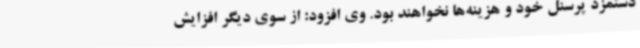
دستمزد پرسنل خود و هزینه‌ها نخواهند بود. وی افزود: از سوی دیگر افزایش